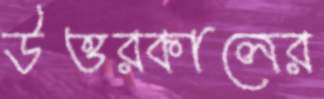
উত্তরকালের